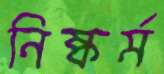
নিষ্কর্ম